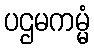
ပဌမကမ္မံ